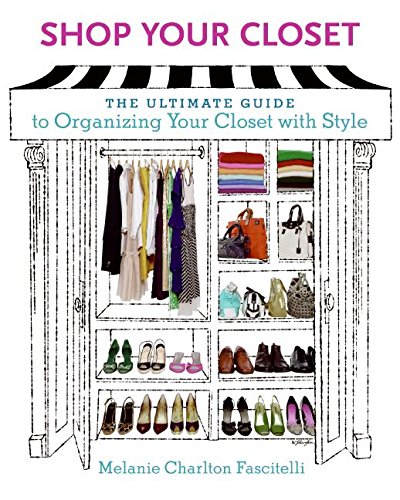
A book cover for Shop Your Closet: The Ultimate Guide to Organizing Your Closet with Style; Melanie Charlton Fascitelli; Crafts, Hobbies & Home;